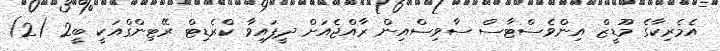
އެމެރިކާގެ މޫޑީޒް އިންވެސްޓާސް ސާވިސްއިން ރާއްޖެއަށް ދީފައިވާ ކްރެޑިޓް ރޭޓިންގްއަކީ ބީ2 (2)